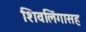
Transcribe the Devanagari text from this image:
शिवलिंगासह